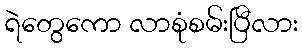
ရဲတွေကော လာစုံစမ်းပြီလား